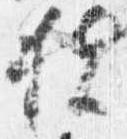
扶